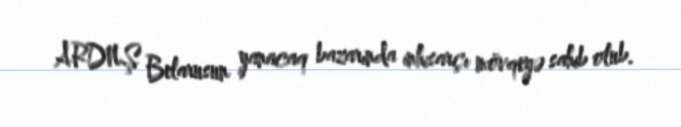
ARDNŞ Belarusun yanacaq bazarında inhisarçı mövqeyə sahib olub.